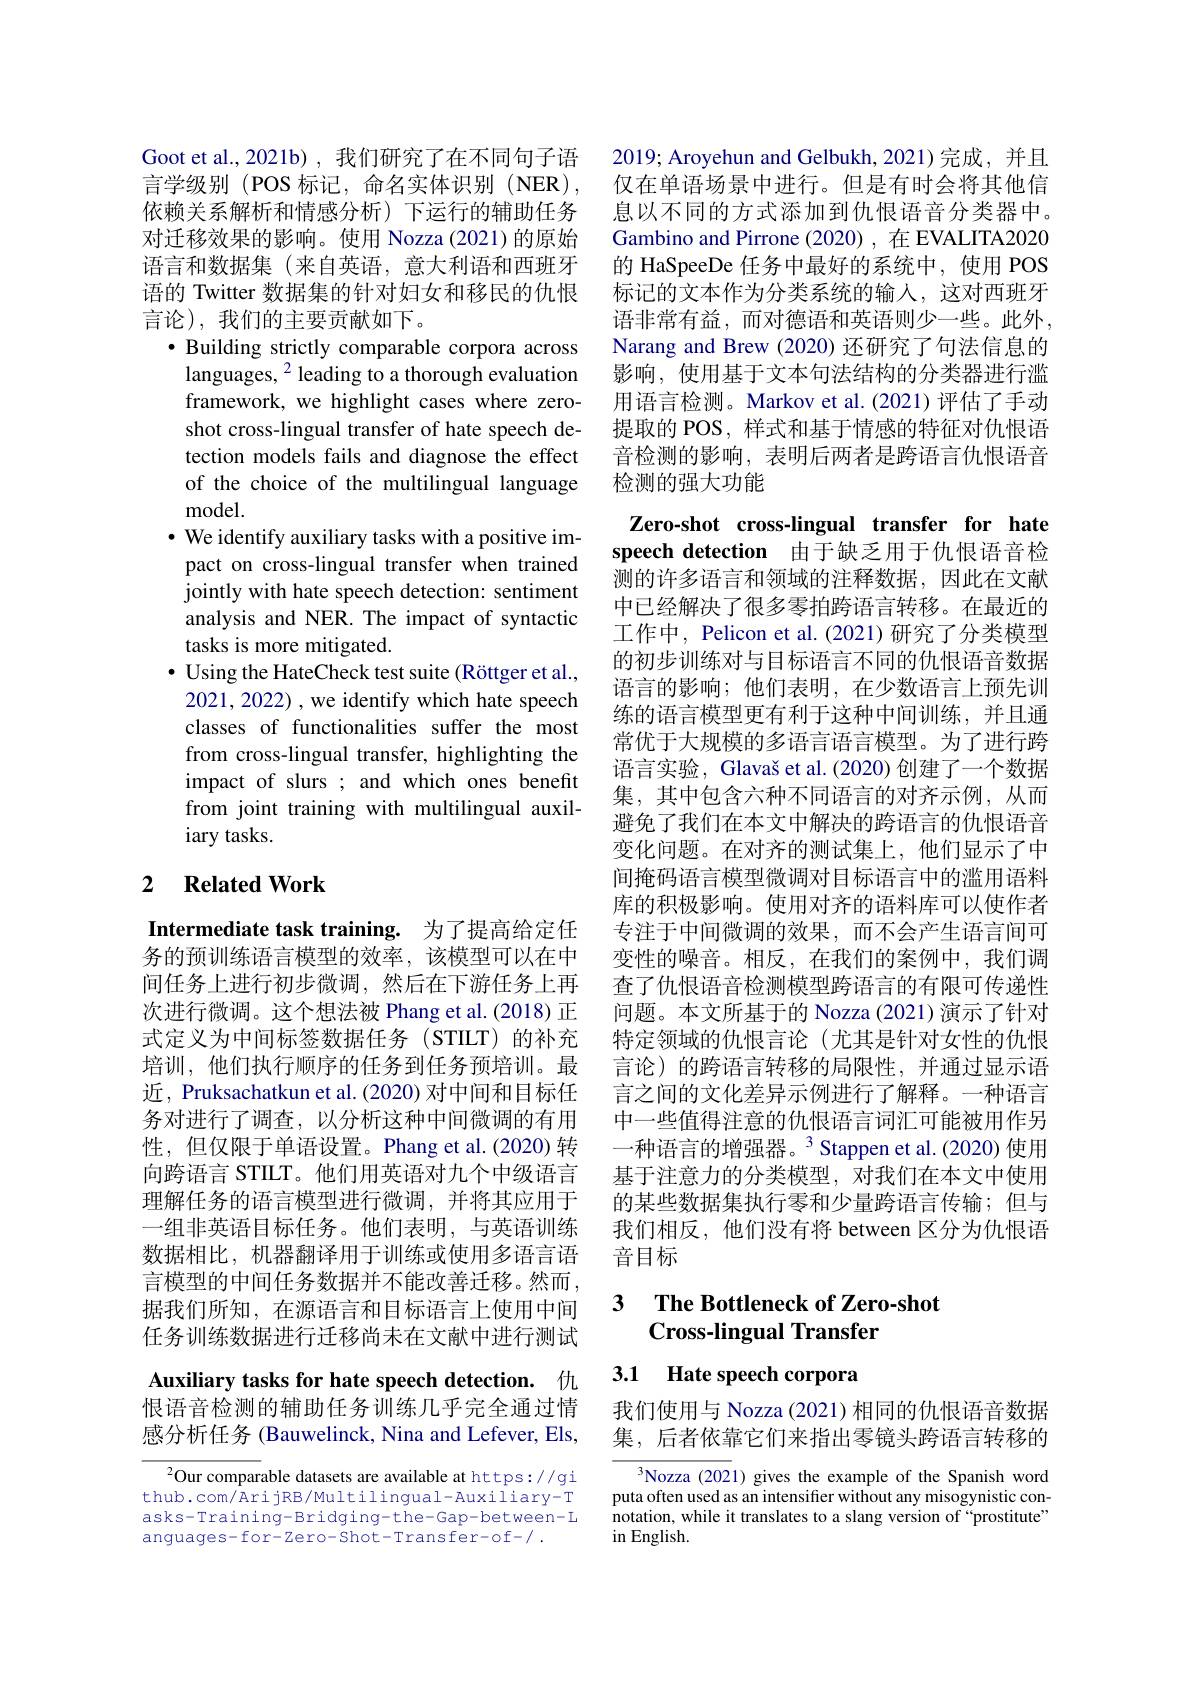
Goot et al.,2021b),我们研究了在不同句子语言学级别 (POS 标记，命名实体识别 (NER), 依赖关系解析和情感分析)下运行的辅助任务对迁移效果的影响。使用 Nozza (2021) 的原始语言和数据集(来自英语，意大利语和西班牙语的 Twitter 数据集的针对妇女和移民的仇恨言论),我们的主要贡献如下。
$\bullet$ Building strictly comparable corpora across
languages, $^{2}$ leading to a thorough evaluation framework, we highlight cases where zeroshot cross-lingual transfer of hate speech detection models fails and diagnose the effect of the choice of the multilingual language model.
$\cdot$ We identify auxiliary tasks with a positive impact on cross-lingual transfer when trained jointly with hate speech detection: sentiment analysis and NER. The impact of syntactic tasks is more mitigated.
$\bullet$ Using the HateCheck test suite (Röttger et al., 2021, 2022) , we identify which hate speech classes of functionalities suffer the most from cross-lingual transfer, highlighting the impact of slurs ; and which ones benefit from joint training with multilingual auxiliary tasks.

## 2 $\textbf{Related Work}$

Intermediate task training. 为了提高给定任

务的预训练语言模型的效率，该模型可以在中间任务上进行初步微调，然后在下游任务上再次进行微调。这个想法被 Phang et al.(2018) 正式定义为中间标签数据任务(STILT)的补充培训，他们执行顺序的任务到任务预培训。最近，Pruksachatkun et al. (2020) 对中间和目标任务对进行了调查，以分析这种中间微调的有用性，但仅限于单语设置。Phang et al.(2020) 转向跨语言 STILT。他们用英语对九个中级语言理解任务的语言模型进行微调，并将其应用于一组非英语目标任务。他们表明，与英语训练数据相比，机器翻译用于训练或使用多语言语言模型的中间任务数据并不能改善迁移。然而， 据我们所知，在源语言和目标语言上使用中间任务训练数据进行迁移尚未在文献中进行测试Auxiliary tasks for hate speech detection. 仇

恨语音检测的辅助任务训练几乎完全通过情感分析任务 (Bauwelinck, Nina and Lefever, Els,

$^{2}$Our comparable datasets are available at https://gi thub.com/ArijRB/Multilingual-Auxiliary-T asks-Training-Bridging-the-Gap-between-L anguages- for- Zero- Shot- Trans fer- o f-/ .

2019; Aroyehun and Gelbukh, 2021)完成，并且仅在单语场景中进行。但是有时会将其他信息以不同的方式添加到仇恨语音分类器中。Gambino and Pirrone (2020) ,在 EVALITA2020的 HaSpeeDe 任务中最好的系统中，使用 POS 标记的文本作为分类系统的输入，这对西班牙语非常有益，而对德语和英语则少一些。此外， Narang and Brew (2020) 还研究了句法信息的影响，使用基于文本句法结构的分类器进行滥用语言检测。Markov et al.(2021)评估了手动提取的 POS, 样式和基于情感的特征对仇恨语音检测的影响，表明后两者是跨语言仇恨语音检测的强大功能
Zero-shot cross-lingual transfer for hate speech detection 由于缺乏用于仇恨语音检测的许多语言和领域的注释数据，因此在文献中已经解决了很多零拍跨语言转移。在最近的工作中，Pelicon et al.(2021)研究了分类模型的初步训练对与目标语言不同的仇恨语音数据语言的影响；他们表明，在少数语言上预先训练的语言模型更有利于这种中间训练，并且通常优于大规模的多语言语言模型。为了进行跨语言实验，Glavaš et al. (2020) 创建了一个数据集，其中包含六种不同语言的对齐示例，从而避免了我们在本文中解决的跨语言的仇恨语音变化问题。在对齐的测试集上，他们显示了中间掩码语言模型微调对目标语言中的滥用语料库的积极影响。使用对齐的语料库可以使作者专注于中间微调的效果，而不会产生语言间可变性的噪音。相反，在我们的案例中，我们调查了仇恨语音检测模型跨语言的有限可传递性问题。本文所基于的 Nozza (2021) 演示了针对特定领域的仇恨言论(尤其是针对女性的仇恨言论)的跨语言转移的局限性，并通过显示语言之间的文化差异示例进行了解释。一种语言中一些值得注意的仇恨语言词汇可能被用作另一种语言的增强器。3 Stappen et al.(2020) 使用基于注意力的分类模型，对我们在本文中使用的某些数据集执行零和少量跨语言传输；但与我们相反，他们没有将 between 区分为仇恨语音目标

## 3 $\textbf{The Bottleneck of Zero- shot}$ Cross-lingual Transfer

3.1 Hate speech corpora

我们使用与 Nozza (2021) 相同的仇恨语音数据集，后者依靠它们来指出零镜头跨语言转移的

Nozza (2021) gives the example of the Spanish word puta often used as an intensifier without any misogynistic connotation, while it translates to a slang version of “prostitute” in English.